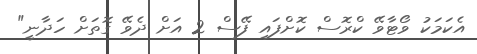
އެކަމަކު ވޯޓާވޭ ކްރޮސް ކޮށްފައި ފޭސް 2 އަށް ދެވޭ ގޮތަށް ހަދާނީ"